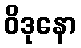
ဝိဒုနော